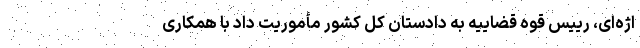
اژه‌ای، رییس قوه قضاییه به دادستان کل کشور مأموریت داد با همکاری